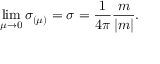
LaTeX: \operatorname * { l i m } _ { \mu \to 0 } \sigma _ { ( \mu ) } = \sigma = \frac { 1 } { 4 \pi } \frac { m } { | m | } .